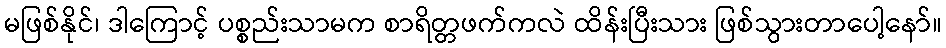
မဖြစ်နိုင်၊ ဒါကြောင့် ပစ္စည်းသာမက စာရိတ္တဖက်ကလဲ ထိန်းပြီးသား ဖြစ်သွားတာပေါ့နော်။